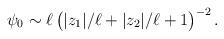
LaTeX: \begin{align*}\psi_0\sim \ell\,\big(|z_1|/\ell+|z_2|/\ell+1\big)^{-2}\,.\end{align*}